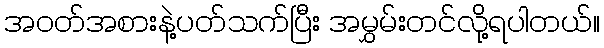
အဝတ်အစားနဲ့ပတ်သက်ပြီး အမွှမ်းတင်လို့ရပါတယ်။